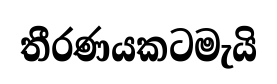
තීරණයකටමැයි